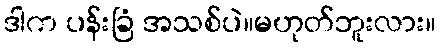
ဒါက ပန်းခြံ အသစ်ပဲ။မဟုတ်ဘူးလား။